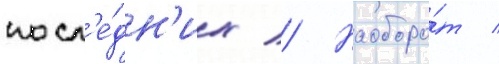
посл'е́дн'их // Наоборо́т /